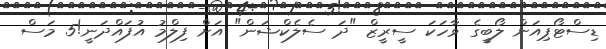
ޑިސްޓޯޕިއަން ލޯބީގެ ވާހަކަ ސީރީޒް "ދަ ސެލެކްޝަން" އަށް ފިލްމު އުފައްދަނީ!5 މަސް